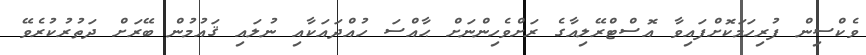
ވެކްސިން ފުރިހަމަކޮށްފައިވާ އޮސްޓްރޭލިއާގެ ރަށްވެހިންނަށް ޙާއްސަ ހުއްދައަކާއި ނުލައި ޤައުމުން ބޭރަށް ދަތުރުކުރެވޭ